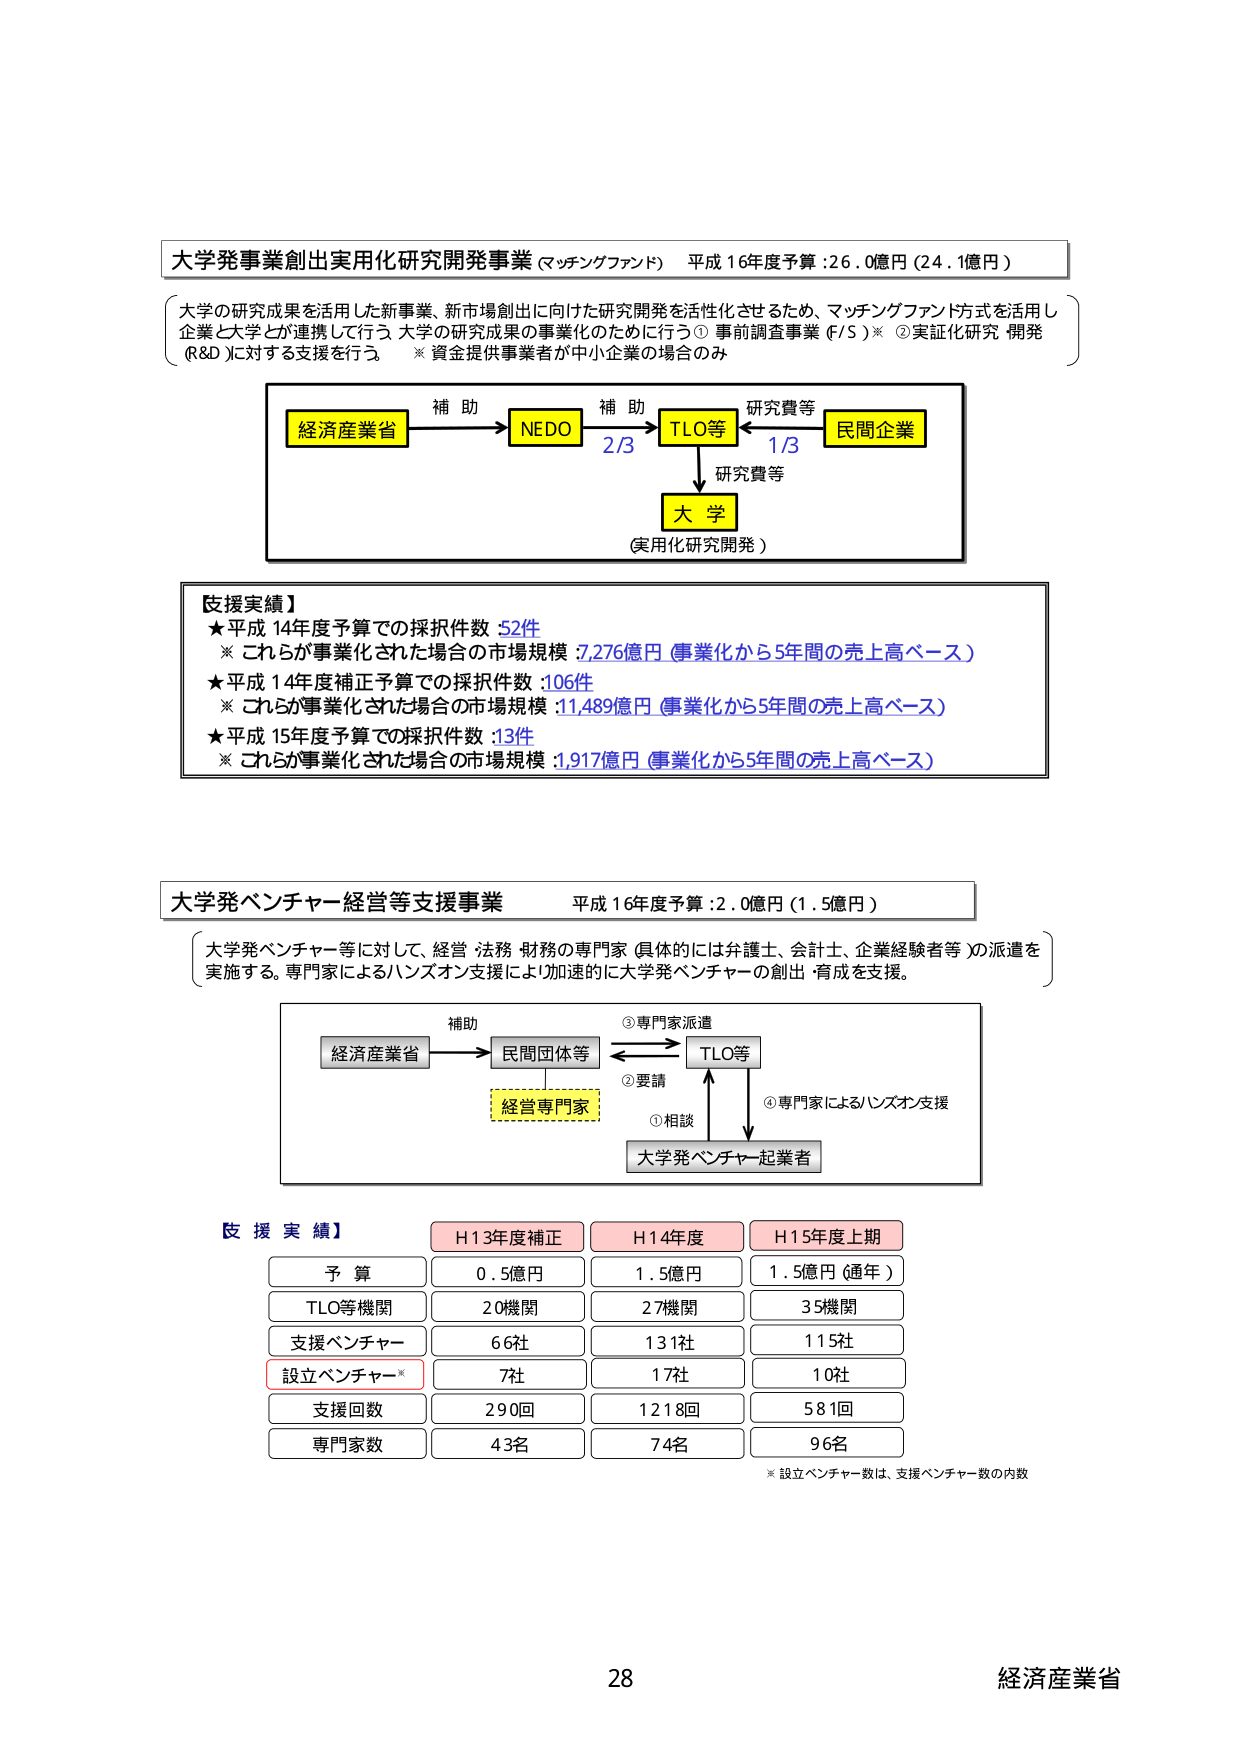
大学発事業創出実用化研究開発事業（マッチングファンド） 平成16年度予算：26.0億円（24.1億円）

大学の研究成果を活用した新事業、新市場創出に向けた研究開発を活性化させるため、マッチングファンド方式を活用し企業と大学とが連携して行う大学の研究成果の事業化のために行う①事前調査事業（F/S）※ ②実証化研究・開発（R&D）に対する支援を行う。※資金提供事業者が中小企業の場合のみ

経済産業省 → 補助 → NEDO → 補助 → TLO等 → 研究費等 → 民間企業